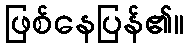
ဖြစ်နေပြန်၏။